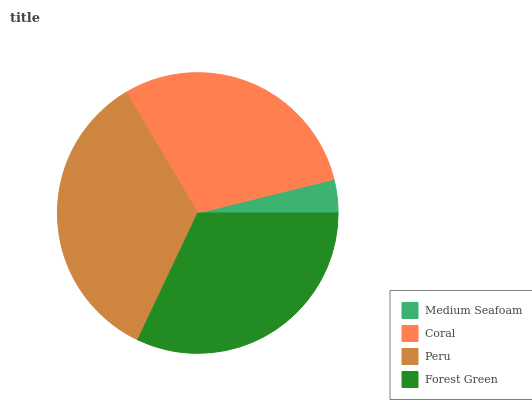
| Medium Seafoam | Coral | Peru | Forest Green |
 | --- | --- | --- | --- |
 | 3.86% | 29.7% | 34.4% | 32% |